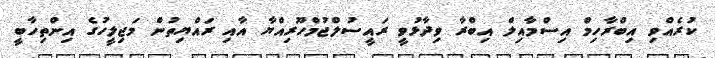
ކުރެއްވި އިބްރާހިމް އިސްމާއިލް އިބްރާ ވިދާޅުވީ ރައީސުލްޖުމްހޫރިއްޔާ އާއި ރައްޔިތުން މަޖިލީހުގެ އިންތިހާބީ